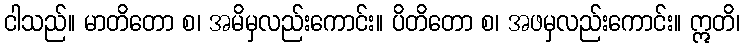
ငါသည်။ မာတိတော စ၊ အမိမှလည်းကောင်း။ ပိတိတော စ၊ အဖမှလည်းကောင်း။ ဣတိ၊